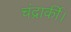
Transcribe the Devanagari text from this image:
चंद्रार्की।